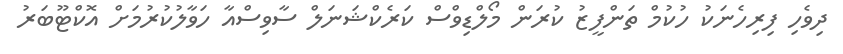
ދިވެހި ފިރިހެނަކު ހުކުމް ތަންފީޒު ކުރަން މޯލްޑިވްސް ކަރެކްޝަނަލް ސާވިސްއާ ހަވާލުކުރުމަށް އޮކްޓޫބަރު